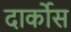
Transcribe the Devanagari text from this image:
दार्कोस